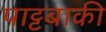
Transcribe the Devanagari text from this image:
पाट्टबाकी